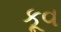
કૂવ